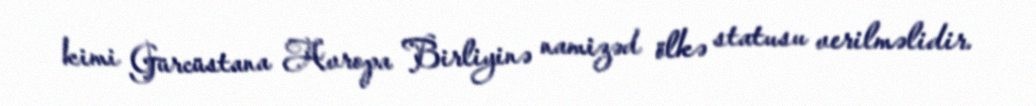
kimi Gürcüstana Avropa Birliyinə namizəd ölkə statusu verilməlidir.